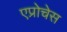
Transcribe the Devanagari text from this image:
एप्रोचेस